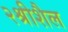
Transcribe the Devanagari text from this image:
२श्रीशैल